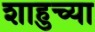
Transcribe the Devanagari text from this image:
शाहुच्या